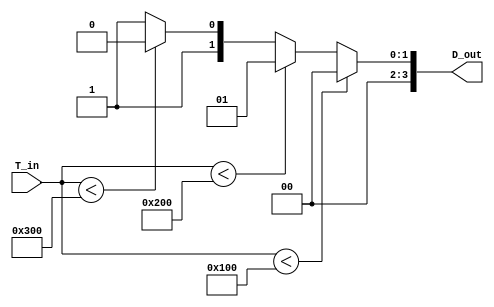
module thermal_encoder (
    input [9:0] T_in,   // 10-bit analog temperature input
    output reg [3:0] D_out // 4-bit digital output
);

// Define reference voltages corresponding to temperature thresholds
// Assuming the input T_in is in a range from 0 to 1023 (representing 0C to 100C)
parameter REF_25C = 10'd256; // 25C
parameter REF_50C = 10'd512; // 50C
parameter REF_75C = 10'd768; // 75C

always @(*) begin
    // Default output
    D_out = 4'b0000;

    // Comparator logic
    if (T_in < REF_25C) begin
        D_out = 4'b0000; // 0C to < 25C
    end else if (T_in < REF_50C) begin
        D_out = 4'b0001; // 25C to < 50C
    end else if (T_in < REF_75C) begin
        D_out = 4'b0010; // 50C to < 75C
    end else begin
        D_out = 4'b0011; // 75C to 100C
    end
end

endmodule